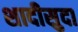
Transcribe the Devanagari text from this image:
शादीसुदा